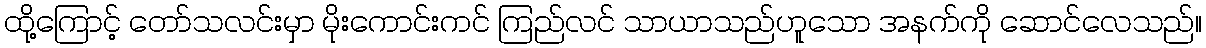
ထို့ကြောင့် တော်သလင်းမှာ မိုးကောင်းကင် ကြည်လင် သာယာသည်ဟူသော အနက်ကို ဆောင်လေသည်။